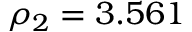
\rho _ { 2 } = 3 . 5 6 1